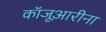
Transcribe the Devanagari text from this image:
कॉजूआरीना